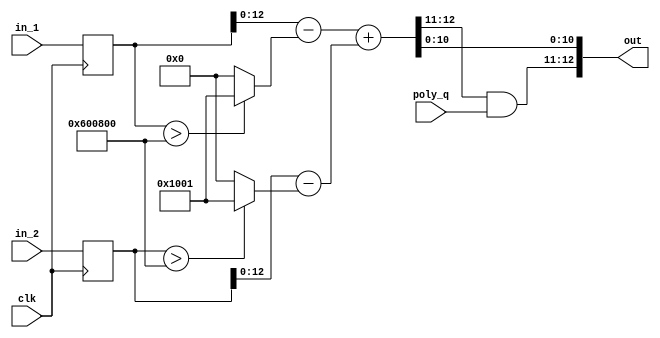
`timescale 1ns / 1ps
//////////////////////////////////////////////////////////////////////////////////
// Company: 
// Engineer: 
// 
// Design Name: 
// Module Name: poly_reduction
// Project Name: 
// Target Devices: 
// Tool Versions: 
// Description: 
// 
// Dependencies: 
// 
// Revision:
// Revision 0.01 - File Created
// Additional Comments:
// 
//////////////////////////////////////////////////////////////////////////////////


module poly_reduction(
        input  wire        clk,
        input  wire [23:0] in_1,
        input  wire [23:0] in_2,
        input  wire  [1:0] poly_q,
        output wire [12:0] out
    );

    reg [23:0] in_1_reg, in_2_reg;
    always @(posedge clk) begin
        in_1_reg <= in_1;
        in_2_reg <= in_2;
    end

    // lift the result from [0, q-1] to [-(q-1)/2, (q-1)/2]  (and also reduce to Q = 4096)
    wire [12:0] in_1_lifted = in_1_reg - (in_1_reg > 24'd6293504 ? 24'd12587009 : 24'd0);
    wire [12:0] in_2_lifted = in_2_reg - (in_2_reg > 24'd6293504 ? 24'd12587009 : 24'd0);

    // reduce by X^n - 1
    wire [12:0] reduced = in_1_lifted + in_2_lifted;
    
    // chop off bits
    assign out = { reduced[12:11] & poly_q, reduced[10:0] };

endmodule